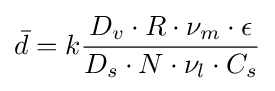
{\bar {d}}=k{D_{v}\cdot R\cdot \nu _{m}\cdot \epsilon  \over D_{s}\cdot N\cdot \nu _{l}\cdot C_{s}}